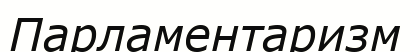
Парламентаризм